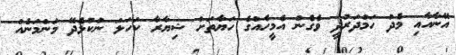
އޭނާއާއި މެދު ހަމްދަރުދީ ވެގެން އެމީހެއްގެ ހަޔާތަށް ޝިޔާރާ ކަހަލަ ނުކުޅެދޭ މަންމަނެއް